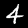
Digit: 4